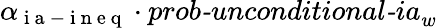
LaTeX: \alpha_{\mathrm{~i~a~-~i~n~e~q~}}\cdot\textit{prob-unconditional-ia}_{w}